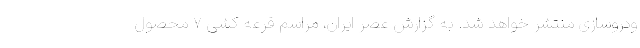
ودروسازی منتشر خواهد شد. به گزارش عصر ایران، مراسم قرعه کشی ۷ محصول